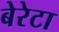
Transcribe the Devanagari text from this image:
बेरेटा